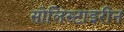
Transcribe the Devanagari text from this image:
सोलिस्टाइरीन